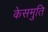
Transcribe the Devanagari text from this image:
केसमुति